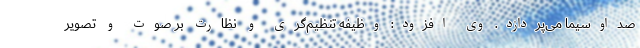
صداوسیما می‌پردازد. وی افزود: وظیفه تنظیم‌گری و نظارت بر صوت و تصویر